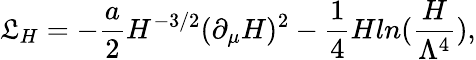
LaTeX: {\cal\mathfrak{L}}_{H}=-\frac{{a}}{{2}}H^{-3/2}(\partial_{\mu}H)^{2}-\frac{{1}}{{4}}Hln(\frac{{H}}{{\Lambda^{4}}}),